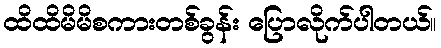
ထိထိမိမိစကားတစ်ခွန်း ပြောလိုက်ပါတယ်။